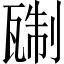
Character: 𬎭